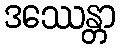
ဒဿေန္တာ